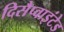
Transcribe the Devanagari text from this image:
दिसैप्वाइंटेड